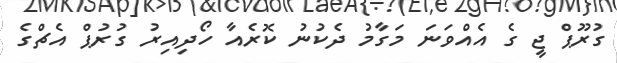
ގުރޫޕް ޖީ ގެ އެއްވަނަ މަގާމު ދެކުނު ކޮރެއާ ހޯދިއިރު ގުރުޕް އެޗްގެ